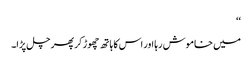
‘‘
میں خاموش رہا اور اس کا ہاتھ چھوڑ کر پھر چل پڑا۔